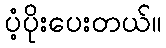
ပံ့ပိုးပေးတယ်။